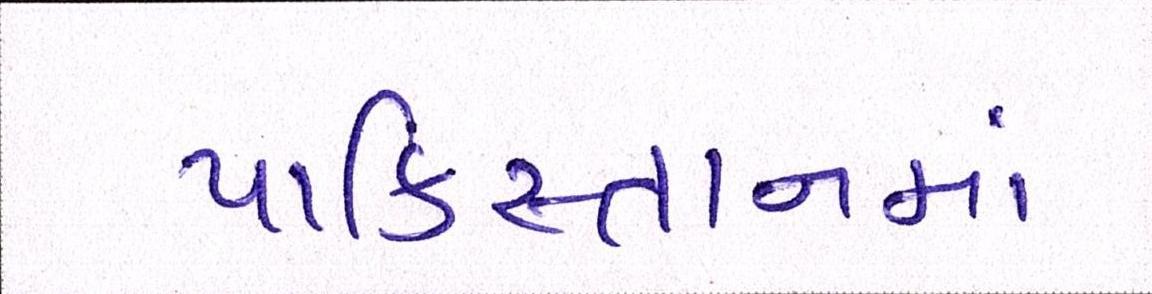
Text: પાકિસ્તાનમાં